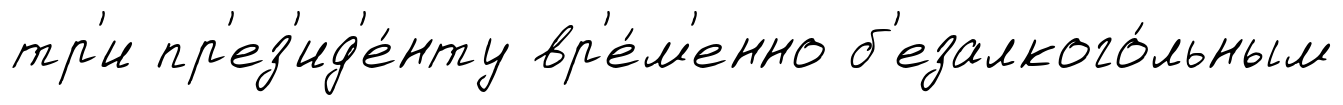
тр'и пр'ез'ид'е́нту вр'е́м'енно б'езалкого́льным